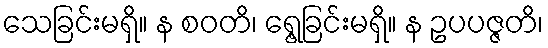
သေခြင်းမရှိ။ န စဝတိ၊ ရွေ့ခြင်းမရှိ။ န ဥပပဇ္ဇတိ၊